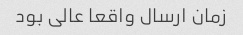
زمان ارسال واقعا عالی بود